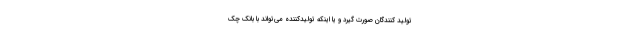
تولید کنندگان صورت گیرد و یا اینکه تولیدکننده می‌تواند با بانک چک